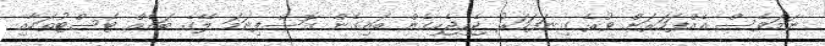
ނަމަވެސް އެއްފަހަރަށް ވުރެ ގިނަފަހަރު ޖެހިޖެހިގެން ބައިގެން ގޮސްފިނަމަ ލޭގެ ބައެއް ޓެސްޓުތަކާއި